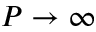
P \to \infty